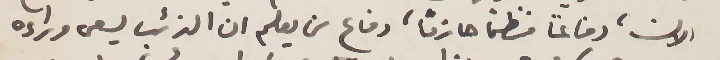
الان، دفاعاً منظماً حازماً، دفاع من يعلم ان الذئب يسعى وراءه